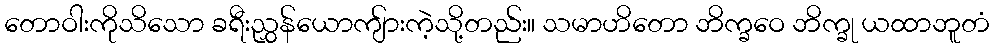
တောဝါးကိုသိသော ခရီးညွှန်ယောကျ်ားကဲ့သို့တည်း။ သမာဟိတော ဘိက္ခဝေ ဘိက္ခု ယထာဘူတံ